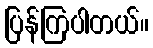
ပြန်ကြပါတယ်။